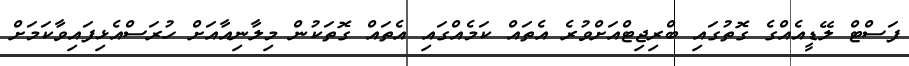
ފަސްޓް ލޭޑީއެއްގެ ގޮތުގައި ބްރިޖިޓްއަށްވުރެ އެތައް ކަމެއްގައި އެތައް ގޮތަކުން މިލާނިއާއަށް ހުރަސްއެޅިފައިވާކަމަށް